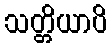
သတ္တိယာပိ